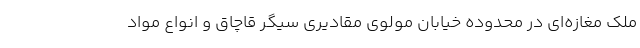
ملک مغازه‌ای در محدوده خیابان مولوی مقادیری سیگر قاچاق و انواع مواد